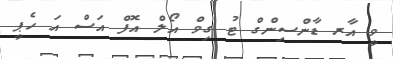
ވީ އާރ ޑާންސިންގް ޓު ގިވް އޯލް އޮފް އަސް އަ ހެޕީ